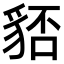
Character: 𧳏